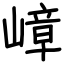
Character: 嶂